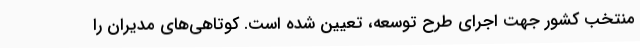
منتخب کشور جهت اجرای طرح توسعه، تعیین شده است. کوتاهی‌های مدیران را